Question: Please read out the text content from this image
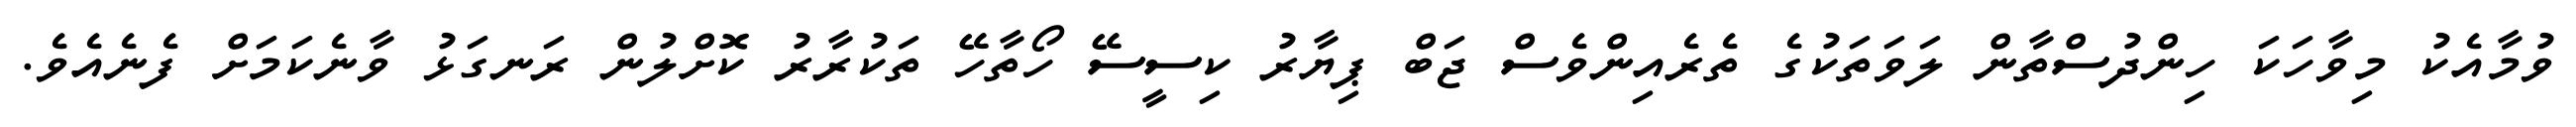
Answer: ވުމާއެކު މިވާހަކަ ހިންދުސްތާން ލަވަތަކުގެ ތެރެއިންވެސް ޖަބް ޕިޔާރު ކިސީސޭ ހޯތާހޭ ތަކުރާރު ކޮށްލުން ރަނގަޅު ވާނެކަމަށް ފެނެއެވެ.